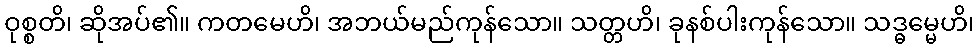
ဝုစ္စတိ၊ ဆိုအပ်၏။ ကတမေဟိ၊ အဘယ်မည်ကုန်သော။ သတ္တဟိ၊ ခုနစ်ပါးကုန်သော။ သဒ္ဓမ္မေဟိ၊